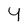
Character: 4